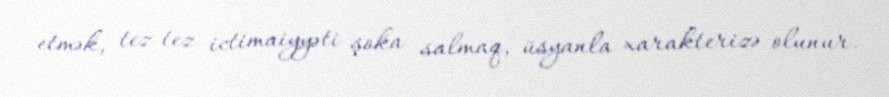
etmək, tez-tez ictimaiyyəti şoka salmaq, üsyanla xarakterizə olunur.